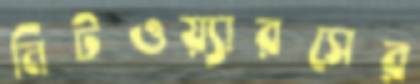
নিটওয়্যারসের